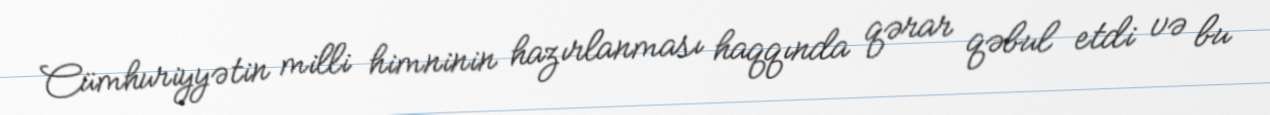
Cümhuriyyətin milli himninin hazırlanması haqqında qərar qəbul etdi və bu